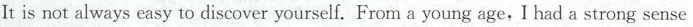
It is not always easy to discover yourself. From a young age,I had a strong sense